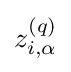
z_{i,\alpha }^{(q)}